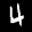
Label: 4